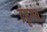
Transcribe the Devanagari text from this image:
द्रष्टृगत